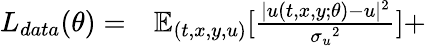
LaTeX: \begin{array}{rl}{L_{data}(\theta)=}&{{}\mathbb{E}_{(t,x,y,u)}[\frac{|{u}(t,x,y;\theta)-{u}|^{2}}{{\sigma_{u}}^{2}}]+}\end{array}